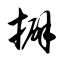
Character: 擗